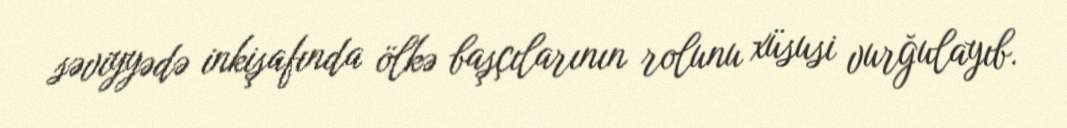
səviyyədə inkişafında ölkə başçılarının rolunu xüsusi vurğulayıb.